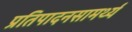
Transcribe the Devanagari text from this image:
प्रतिपादनसामर्थ्य